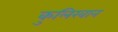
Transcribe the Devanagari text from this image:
कुलिखान